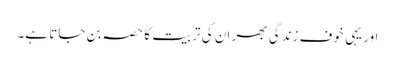
اور یہی خوف زندگی بھر ان کی تربیت کا حصہ بن جاتا ہے۔